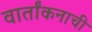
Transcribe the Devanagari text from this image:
वार्तांकनाची